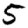
Digit: 5